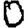
Digit: 0